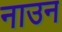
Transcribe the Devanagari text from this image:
नाउन